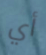
أي